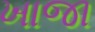
ખાજા